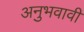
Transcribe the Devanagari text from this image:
अनुभवावी